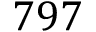
7 9 7